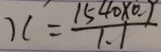
x = \frac { 1 5 4 0 \times 0 . 9 } { 1 . 1 }